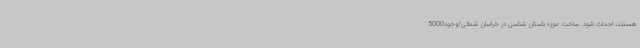
هستند، احداث شود. ساخت موزه باستان شناسی در خراسان شمالی/وجود5000